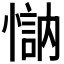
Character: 𱟄